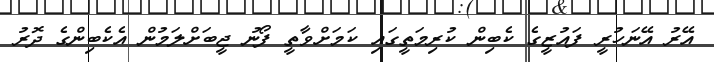
އޭރު އޭނަހުރީ ފައުޒީގެ ކެބިން ކުރިމަތީގައި ކަމަށްވާތީ ފޯނު ޖީބަށްލަމުން އެކެބިންގެ ދޮރު